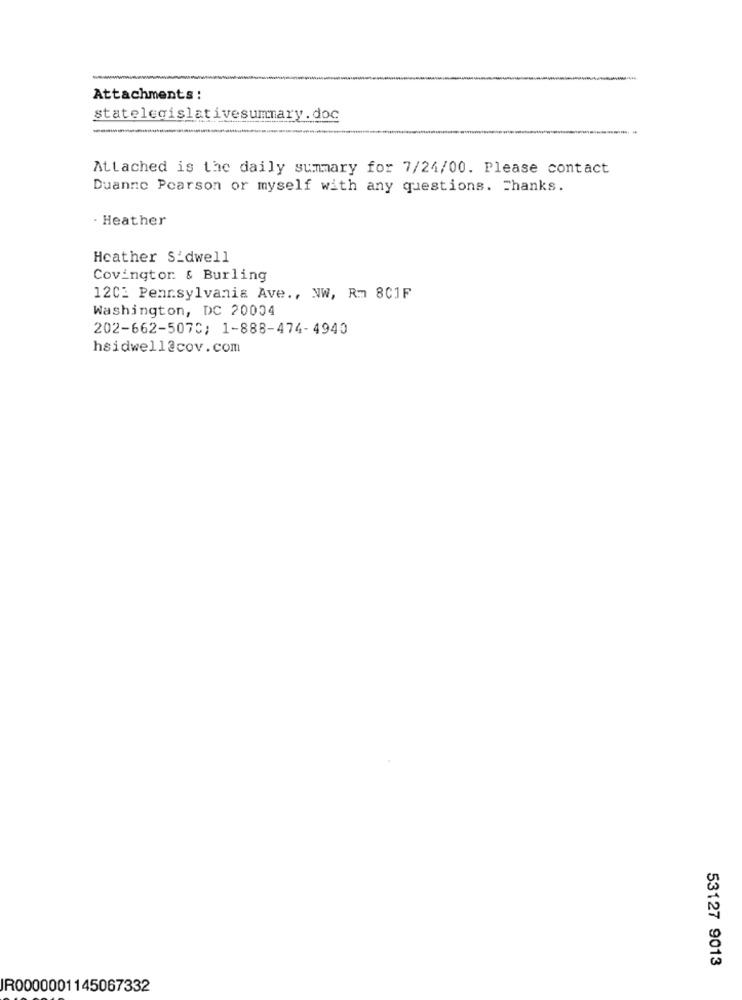
Attachments:
statelegislativesummary. doc
Attached is the daily summary for 7/24/00. Please contact
Duanne Pearson or myself with any questions. Thanks.
- Heather
Heather S_dwell
Covington & Burling
12C: Pennsylvania Ave ., NW, Rm 8C1F
Washington, DC 20004
202-662-5070; 1-888-474-4940
hsidwell@cov.com
53127 9013
JR0000001145067332